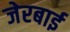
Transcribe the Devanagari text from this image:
जेरबाई